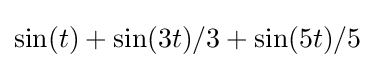
\sin(t)+\sin(3t)/3+\sin(5t)/5